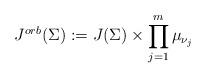
LaTeX: \begin{align*}J^{orb}(\Sigma):= J(\Sigma) \times \prod_{j=1}^m \mu_{\nu_j} \end{align*}